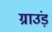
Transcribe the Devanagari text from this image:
ग्राउंड़